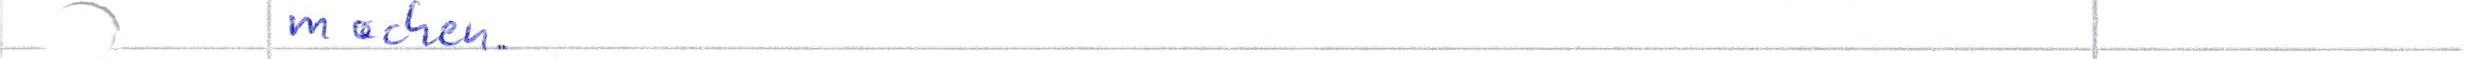
machen.